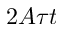
2 A \tau t